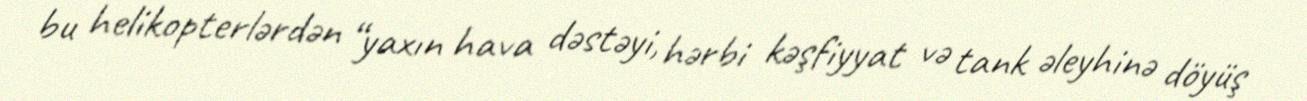
bu helikopterlərdən “yaxın hava dəstəyi, hərbi kəşfiyyat və tank əleyhinə döyüş